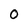
Character: O